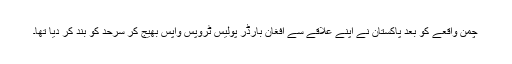
چمن واقعے کو بعد پاکستان نے اپنے علاقے سے افغان بارڈر پولیس ٹروپس واپس بھیج کر سرحد کو بند کر دیا تھا۔